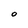
Character: O